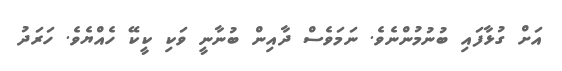
އަށް ގުޅާފައި ބުނުމުންނެވެ. ނަމަވެސް ދާއިން ބުނާނީ ވަކި ކީކޭ ހެއްޔެވެ. ހަރަދު